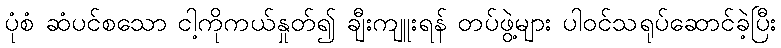
ပုံစံ ဆံပင်စသော ငါ့ကိုကယ်နှုတ်၍ ချီးကျူးရန် တပ်ဖွဲ့များ ပါဝင်သရုပ်ဆောင်ခဲ့ပြီး